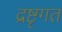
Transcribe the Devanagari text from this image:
द्रष्टृगत